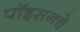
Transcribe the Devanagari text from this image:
पॉइसनचे